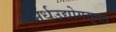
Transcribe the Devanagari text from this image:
अर्धउद्योगयुक्त